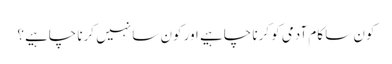
کون سا کام آدمی کو کرنا چاہیے اور کون سا نہیں کرنا چاہیے؟